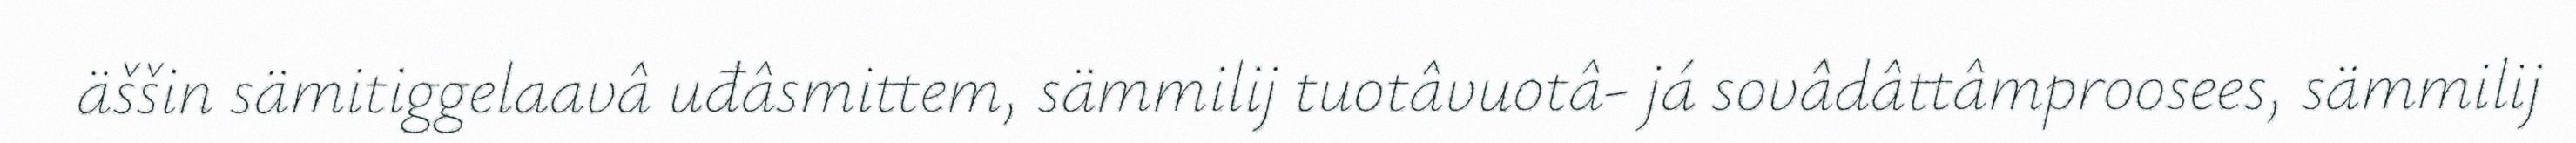
äššin sämitiggelaavâ uđâsmittem, sämmilij tuotâvuotâ- já sovâdâttâmproosees, sämmilij